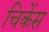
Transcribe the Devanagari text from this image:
चिकेंस